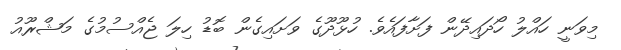
މިވަނީ ހައްލު ހޯދައިދޭން ފަށާފައެވެ. ހުޅޫދޫގެ ވަށައިގެން ބޮޑު ހިލަ ޖެއްސުމުގެ މަޝްރޫއު